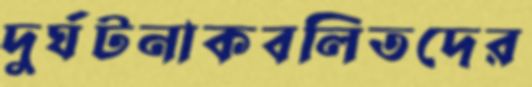
দুর্ঘটনাকবলিতদের